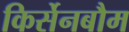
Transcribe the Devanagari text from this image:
किर्सेनबौम